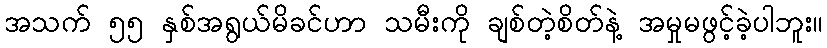
အသက် ၅၅ နှစ်အရွယ်မိခင်ဟာ သမီးကို ချစ်တဲ့စိတ်နဲ့ အမှုမဖွင့်ခဲ့ပါဘူး။